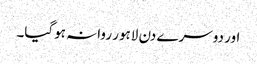
اور دوسرے دن لاہور روانہ ہوگیا۔